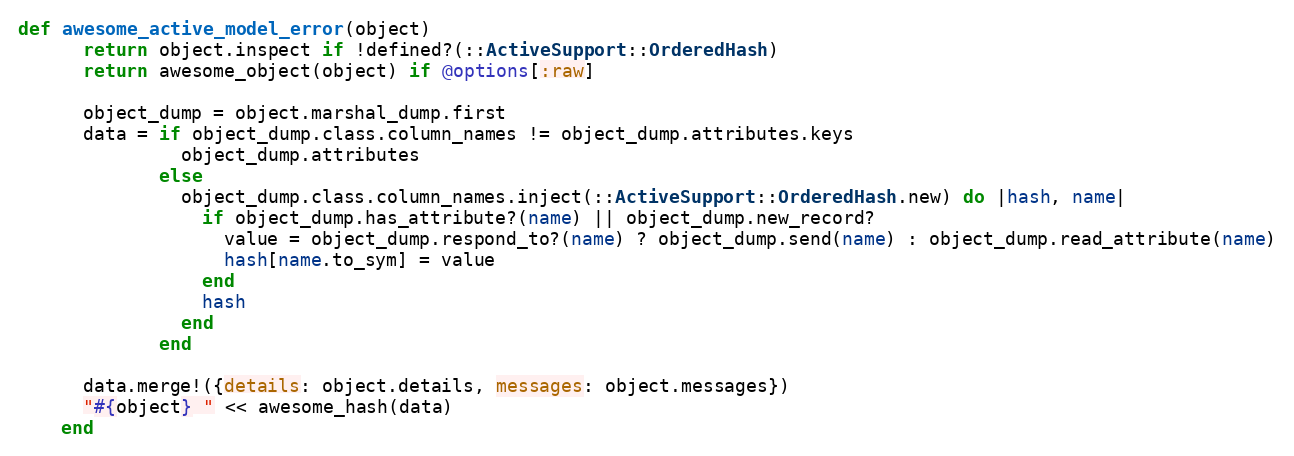
Language: Ruby
def awesome_active_model_error(object)
      return object.inspect if !defined?(::ActiveSupport::OrderedHash)
      return awesome_object(object) if @options[:raw]

      object_dump = object.marshal_dump.first
      data = if object_dump.class.column_names != object_dump.attributes.keys
               object_dump.attributes
             else
               object_dump.class.column_names.inject(::ActiveSupport::OrderedHash.new) do |hash, name|
                 if object_dump.has_attribute?(name) || object_dump.new_record?
                   value = object_dump.respond_to?(name) ? object_dump.send(name) : object_dump.read_attribute(name)
                   hash[name.to_sym] = value
                 end
                 hash
               end
             end

      data.merge!({details: object.details, messages: object.messages})
      "#{object} " << awesome_hash(data)
    end